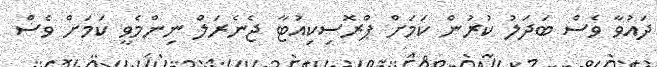
ދައުވާ ވެސް ބަދަލު ކުރުން ކަމަށް ޕްރޮސިކިއުޓާ ޖެނެރަލް ނިންމެވީ ކަމަށް ވެސް